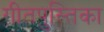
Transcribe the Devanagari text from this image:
गीतपुस्तिका